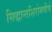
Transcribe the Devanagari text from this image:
सिद्धान्तशिरोमणीचे